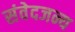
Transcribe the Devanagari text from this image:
संवेदजन्य